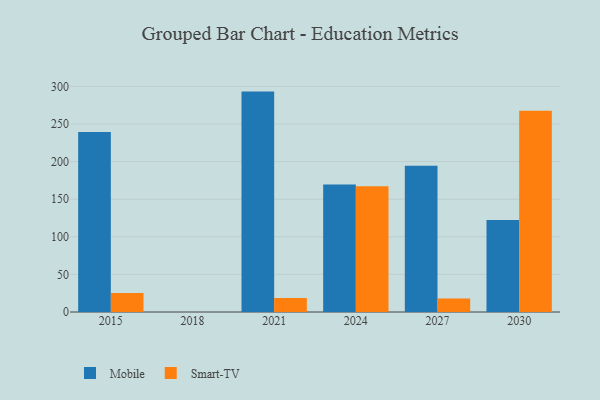
{"axis": {"x": "Year", "y": "Budget (USD K)"}, "legend": ["Mobile", "Smart-TV"], "data": [{"x": "2024", "y": 169.6, "type": "Mobile"}, {"x": "2024", "y": 167.2, "type": "Smart-TV"}, {"x": "2021", "y": 293.0, "type": "Mobile"}, {"x": "2021", "y": 18.7, "type": "Smart-TV"}, {"x": "2027", "y": 194.4, "type": "Mobile"}, {"x": "2027", "y": 18.0, "type": "Smart-TV"}, {"x": "2030", "y": 122.2, "type": "Mobile"}, {"x": "2030", "y": 267.6, "type": "Smart-TV"}, {"x": "2015", "y": 239.4, "type": "Mobile"}, {"x": "2015", "y": 25.4, "type": "Smart-TV"}]}